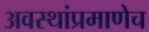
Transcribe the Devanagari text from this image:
अवस्थांप्रमाणेच